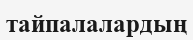
тайпалалардың